Annual report on the lock hospitals of the Madras Presidency
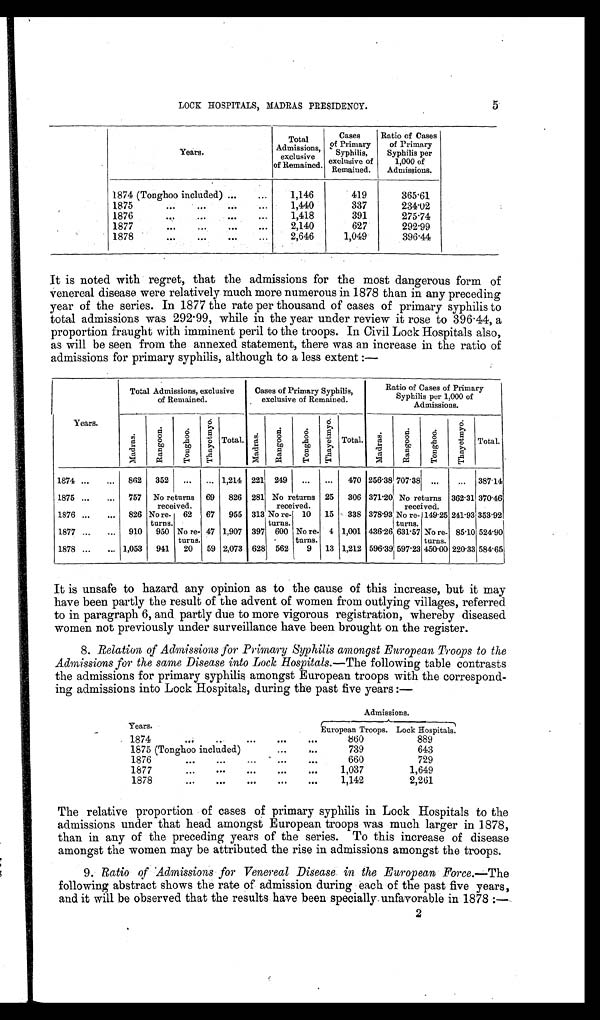
5
LOCK HOSPITALS, MADRAS PRESIDENCY.
Years.
Total
Admissions,
exclusive
o f
R e m a i n e d .
Cases
of Primary
Syphilis,
exclusive of
Remained.
Ratio of Cases
of Primary
Syphilis per
1,000 of
Admissions.
1874 (Tonghoo included) ...
...
1,146
419
365.61
1875
...
...
...
1,440
337
234. 02
1876
...
...
... ...
1,418
391
275.74
1877
...
... ...
2,140
627
292.99
1878
...
...
...
... 2,646
1,049
396.44
It is noted with regret, that the admissions for the most dangerous form of
venereal disease were relatively much more numerous in 1878 than in any preceding
year of the series. In 1877 the rate per thousand of cases of primary syphilis to
total admissions was 292.99, while in the year under review it rose to 396.44, a
proportion fraught with imminent peril to the troops. In Civil Lock Hospitals also,
as will be seen from the annexed statement, there was an increase in the ratio of
admissions for primary syphilis, although to a less extent :—
Years.
Total Admissions, exclusive
of Remained.
Cases of Primary Syphilis,
exclusive of Remained.
Ratio of Cases of Primary
Syphilis per 1,000 of
Admissions.
M a d r a s .
R a n g o o n .
T o n g h o o . T h a y e t m y o .
Total.
M a d r a s .
R a n g o o n .
T o n g h o o . T h a y e t m y o .
Total.
M a d r a s .
R a n g o o n .
T o n g h o o .
T h a y e t m y o .
Total.
1874 ... ... 862 352 ... ... 1,214 221 249 ... ... 470 256.38 7 0 7 . 3 8 ... ... 387.14
1875 ... ...
757 No returns
received.
69 826 281 No returns
received.
25 306 371.20 No returns
received.
362.31370.46
1876 ... ... 826 No re-
turns,
62 67 955 313 No re-
turns.
10 15 338 378.93 No re-
turns.
149.25 241.93353.92
1877 ... ... 910 950 No re-
turns.
47 1,907 397 600 No re-
turns.
4 1,001 436.26 631.57 No re-
turns.
85.10524.90
1878 ... ... 1,053 941 20 59 2,073 628 562 9 13 1,212 596.39 597.23 450.00 220.33584.65
It is unsafe to hazard any opinion as to the cause of this increase, but it may
have been partly the result of the advent of women from outlying villages, referred
to in paragraph 6, and partly due to more vigorous registration, whereby diseased
women not previously under surveillance have been brought on the register.
8. Relation of Admissions for Primary Syphilis amongst European Troops to the
Admissions for the same Disease into Lock Hospitals.— The following table contrasts
the admissions for primary syphilis amongst European troops with the correspond-
ing admissions into Lock Hospitals, during the past five years :—
Years.
Admissions. A d m i s s i o n s .
European Troops. Lock Hospitals.
1874
...
... ... ... ...
860
889
1875 (Tonghoo included)
...
...
739
643
1876
...
...
...
...
...
660
729
1877
...
...
...
...
... 1,037
1,649
1878
...
...
...
...
...
1,142
2,261
The relative proportion of cases of primary syphilis in Lock Hospitals to the
admissions under that head amongst European troops was much larger in 1878,
than in any of the preceding years of the series. To this increase of disease
amongst the women may be attributed the rise in admissions amongst the troops.
9. Ratio of Admissions for Venereal Disease in the European Force.— The
following abstract shows the rate of admission during each of the past five years,
and it will be observed that the results have been specially unfavorable in 1878 :—
2